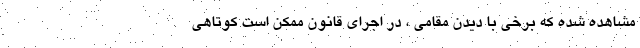
مشاهده شده که برخی با دیدن مقامی ، در اجرای قانون ممکن است کوتاهی